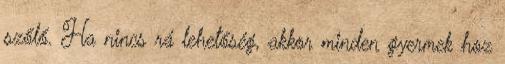
szőlő. Ha nincs rá lehetőség, akkor minden gyermek hoz